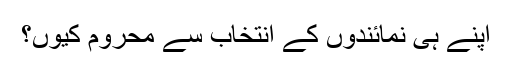
اپنے ہی نمائندوں کے انتخاب سے محروم کیوں؟